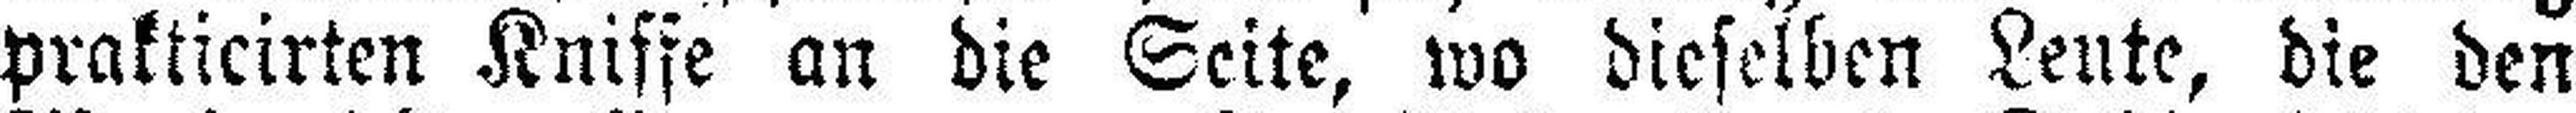
prakticirten Kniffe an die Seite, wo dieselben Leute, die den